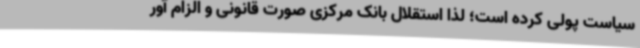
سیاست پولی کرده است؛ لذا استقلال بانک مرکزی صورت قانونی و الزام آور